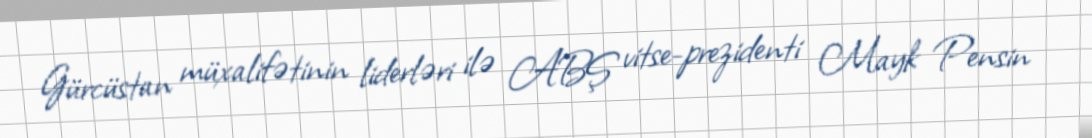
Gürcüstan müxalifətinin liderləri ilə ABŞ vitse-prezidenti Mayk Pensin